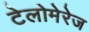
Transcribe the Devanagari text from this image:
टेलोमेरेज